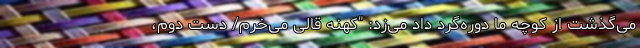
می‌گذشت از کوچه ما دوره‌گرد داد می‌زد: "کهنه قالی می‌خرم/ دست دوم،